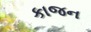
કાજન